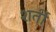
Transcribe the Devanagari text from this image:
शर्ती